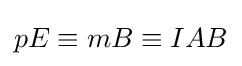
pE\equiv mB\equiv IAB